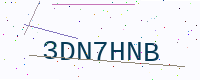
Text: 3DN7HNB